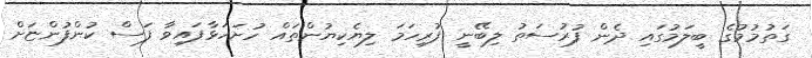
ގަތުމުމުގެ ބީލަމުގައި ދެން ފުރުސަތު ލިބޭނީ ފުރިހަމަ ލިޔެކިޔުންތައް ހުށަހަޅާފައިވާ ފަސް ކުންފުންޏަށް